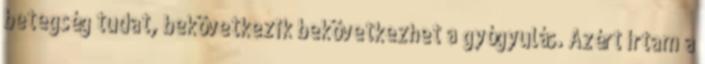
betegség tudat, bekövetkezik bekövetkezhet a gyógyulás. Azért írtam a